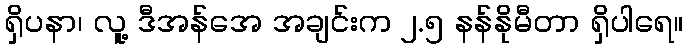
ရှိပနာ၊ လူ့ ဒီအန်အေ အချင်းက ၂.၅ နန်နိုမီတာ ရှိပါရေ။